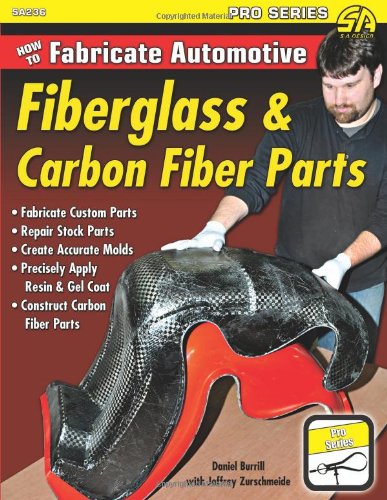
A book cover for How to Fabricate Automotive Fiberglass & Carbon Fiber Parts; Dan Burrill; Engineering & Transportation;